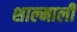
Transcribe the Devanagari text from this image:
शाल्माली